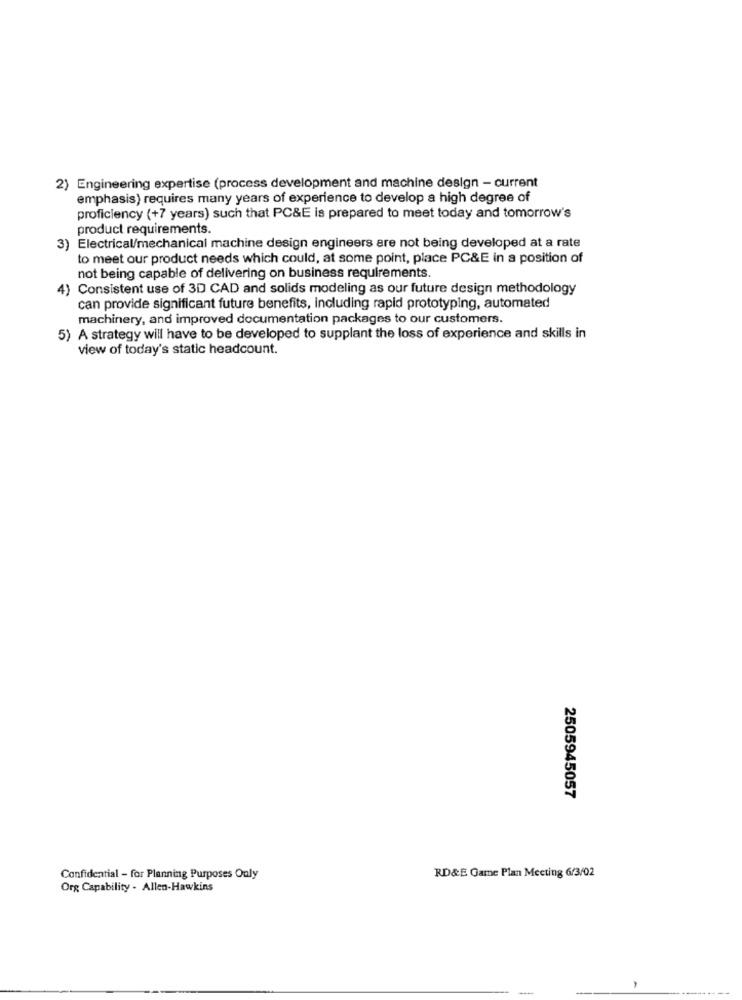
2) Engineering expertise (process development and machine design - current
emphasis) requires many years of experience to develop a high degree of
proficiency (+7 years) such that PC&E is prepared to meet today and tomorrow's
product requirements.
3) Electrical/mechanical machine design engineers are not being developed at a rate
to meet our product needs which could, at some point, place PC&E in a position of
not being capable of delivering on business requirements.
4)
Consistent use of 3D CAD and solids modeling as our future design methodology
can provide significant future benefits, including rapid prototyping, automated
machinery, and improved documentation packages to our customers.
5) A strategy will have to be developed to supplant the loss of experience and skills in
view of today's static headcount.
2505945057
Confidential - for Planning Purposes Only
RD&E Game Plan Meeting 6/3/02
Org Capability - Allen-Hawkins